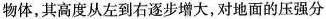
物体，其高度从左到右逐步增大，对地面的压强分